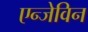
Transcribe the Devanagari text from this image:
एन्जेविन